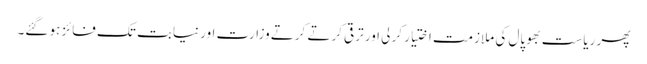
پھر ریاست بھوپال کی ملازمت اختیار کر لی اور ترقی کرتے کرتے وزارت اور نیابت تک فائز ہو گئے۔